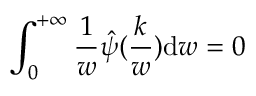
\int _ { 0 } ^ { + \infty } \frac { 1 } { w } \hat { \psi } ( \frac { k } { w } ) \mathrm { d } w = 0